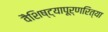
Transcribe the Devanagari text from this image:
वैशिष्ट्यापूर्णरित्या